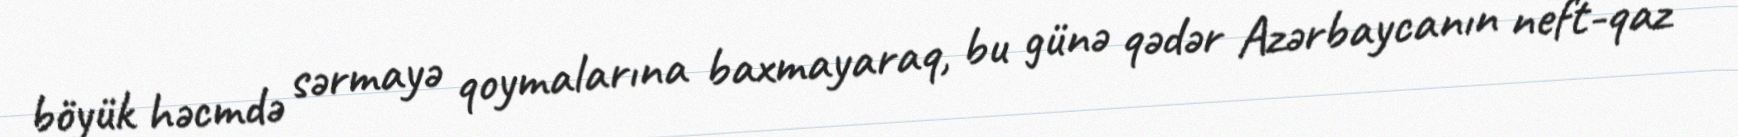
böyük həcmdə sərmayə qoymalarına baxmayaraq, bu günə qədər Azərbaycanın neft-qaz